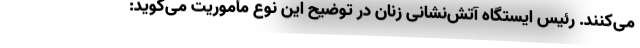
می‌کنند. رئیس ایستگاه آتش‌نشانی زنان در توضیح این نوع مأموریت می‌گوید: